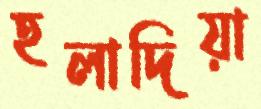
হলাদিয়া